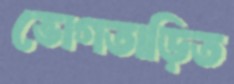
ভোগতাড়িত